Vaccination in Bombay 1856-1862 - 1856-1862
Year: 1856
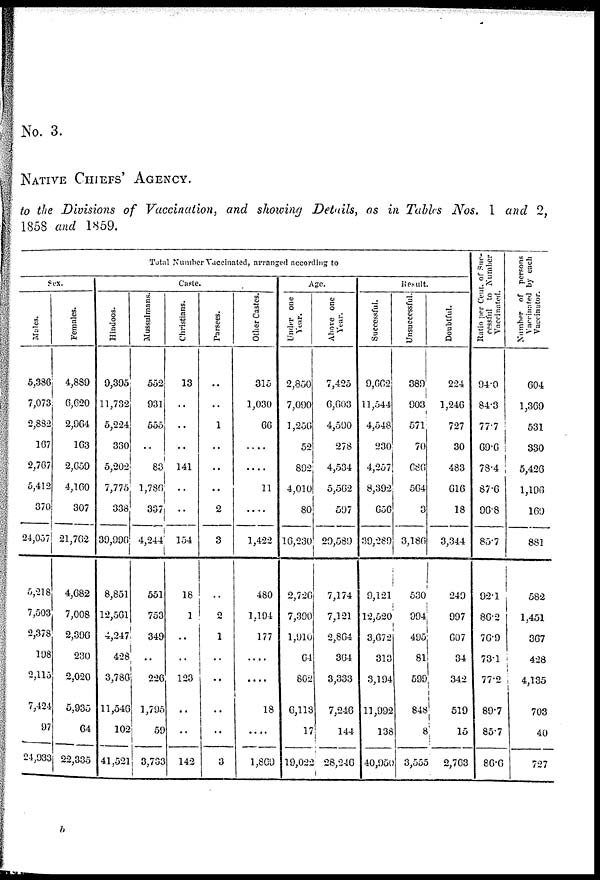
No. 3.
NATIVE CHIEFS' AGENCY.
to the Divisions of Vaccination, and showing Details, as in Tables Nos. 1 and 2,
1858 and 1859.
Total Number Vaccinated, arranged according to
Sex.
Males.
5,386
7,073
2,832
167
2,767
5,412
370
24,057
5,218
7,503
2,378
198
2,115
7,424
97
24,933
Females.
4,889
6,620
2,964
163
2,659
4,160
307
21,762
4,682
7,008
2,396
230
2,020
5,935
64
22,335
Caste.
Hindoos.
9,395
11,732
5,224
330
5,202
7,775
338
39,996
8,851
12,561
4,247
428
3,786
11,546
102
41,521
Mussulmans.
552
931
555
..
83
1,786
337
4,244
551
753
349
..
226
1,795
59
3,733
Christians.
13
..
..
..
141
..
..
154
18
1
..
..
123
..
..
142
Parsees.
..
..
1
..
..
..
2
3
..
2
1
..
..
..
..
3
Other Castes.
315
1,030
66
....
....
11
..
1,422
480
1,194
177
....
....
18
....
1,869
Age.
Under one
Year.
2,850
7,090
1,250
52
892
4,010
80
10,230
2,726
7,390
1,910
64
802
6,113
17
19,022
Above one
Year.
7,425
6,603
4,590
278
4,534
5,562
597
29,589
7,174
7,121
2,864
364
3,333
7,240
144
28,246
Result.
Successful.
9,662
11,544
4,548
230
4,257
8,392
656
39,289
9,121
12,520
3,672
313
3,194
11,992
138
40,950
Unsuccessful.
389
903
571
70
686
564
3
3,186
530
994
495
81
599
848
8
3,555
Doubtful.
224
1,246
727
30
483
616
18
3,344
249
997
607
34
342
519
15
2,763
Ratio per Cent, of Suc-
cessful to Number
Vaccinated.
94.0
84.3
77.7
69.6
78.4
87.6
96.8
85.7
92.1
86.2
76.9
73.1
77.2
89.7
85.7
86.6
Number of persons
Vaccinated by each
Vaccinator.
604
1,369
531
330
5,426
1,196
169
881
582
1,451
367
428
4,135
703
40
727
b